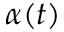
\alpha ( t )